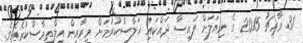
31 މާރިޗު 2015 ގެ ނިޔަލަށް ފައިސާ ދައްކައި ޚަލާސްކުރުމަށް މީރާއިން އިލްތިމާސްކުރެއެވެ.